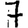
Digit: 7